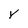
Character: V